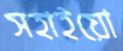
সহাইয়ো